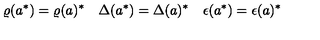
\varrho ( a ^ { \ast } ) = \varrho ( a ) ^ { \ast } \quad \Delta ( a ^ { \ast } ) = \Delta ( a ) ^ { \ast } \quad \epsilon ( a ^ { \ast } ) = \epsilon ( a ) ^ { \ast }